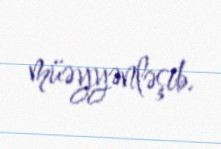
müəyyənləşib.